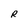
Character: R